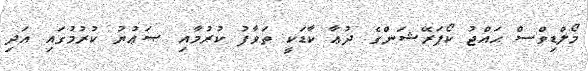
މޯލްޑިވްސް ޙައްޖު ކޯޕަރޭޝަންގެ ދުޢާ ކާޑަކީ ތަވާފު ކުރުމާއި ޞަޢުޔު ކުރުމުގައި އަދި